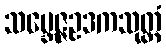
သမ္ဘေဇ္ဇဥဒကသုတ္တံ